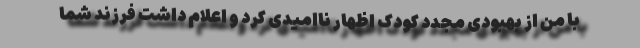
با من از بهبودی مجدد کودک اظهار ناامیدی کرد و اعلام داشت فرزند شما